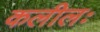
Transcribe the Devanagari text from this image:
कलीलः